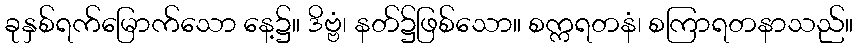
ခုနှစ်ရက်မြောက်သော နေ့၌။ ဒိဗ္ဗံ၊ နတ်၌ဖြစ်သော။ စက္ကရတနံ၊ စကြာရတနာသည်။